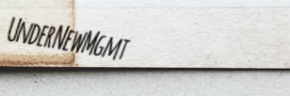
UnderNewMgmt